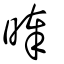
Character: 𣈖